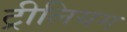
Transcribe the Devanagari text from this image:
ट्रीलियम